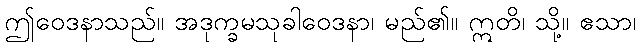
ဤဝေဒနာသည်။ အဒုက္ခမသုခါဝေဒနာ၊ မည်၏။ ဣတိ၊ သို့။ ဧသာ၊